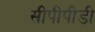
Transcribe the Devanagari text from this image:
सीपीपीडी